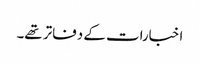
اخبارات کے دفاتر تھے۔